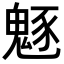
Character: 𩳟